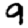
Digit: 9